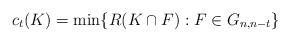
LaTeX: \begin{align*}c_t(K)=\min\{R(K\cap F) : F \in G_{n,n-t}\}\end{align*}